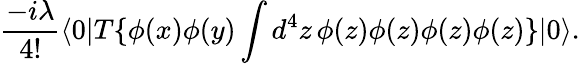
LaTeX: {\frac{-i\lambda}{4!}}\langle 0|T\{ \phi(x)\phi(y)\int d^{4}z\, \phi(z)\phi(z)\phi(z)\phi(z)\} |0\rangle.